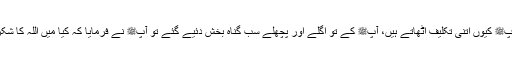
لوگوں نے کہا کہ آپﷺ کیوں اتنی تکلیف اٹھاتے ہیں، آپﷺ کے تو اگلے اور پچھلے سب گناہ بخش دئیے گئے تو آپﷺ نے فرمایا کہ کیا میں اللہ کا شکرگزار بندہ نہ بنوں؟